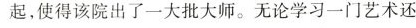
使得该院出了一大批大师。无论学习一门艺术还